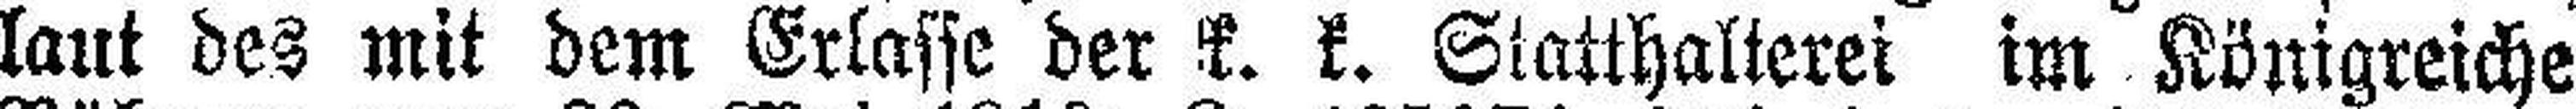
laut des mit dem Erlasse der k. k. Siatthalterei im Königreiche